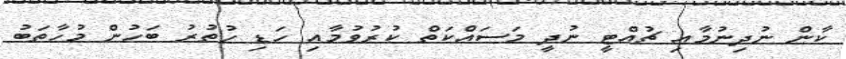
ކާން ނުދިނުމާއި ޗުއްޓީ ނުދީ މަސައްކަތް ކުރުވުމާއި ހަޑި ހުތުރު ބަހުން މުހާތަބު